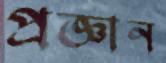
প্রজ্ঞান